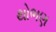
થોભણ